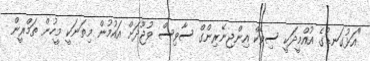
"އަޅުގަނޑުގެ އުއްމީދަކީ ސިވެކް އިންޖިނޭރިންގް ސާވިސް ވުޖޫދަށް އައުމުން މިތަނަކީ މީހުން ތަމްރީން